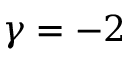
\gamma = - 2